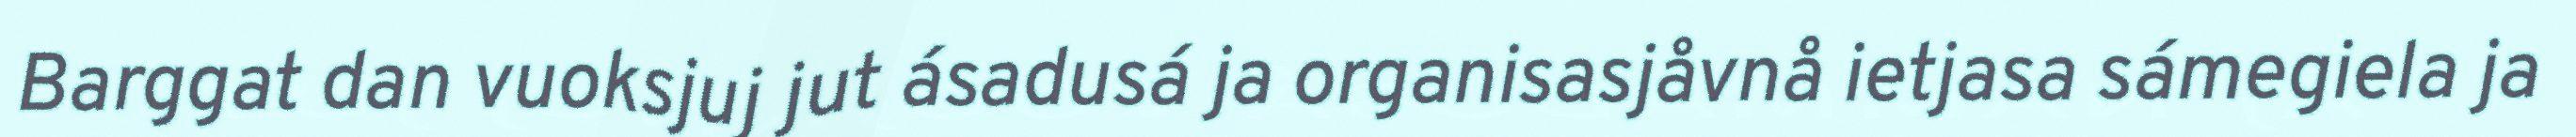
Barggat dan vuoksjuj jut ásadusá ja organisasjåvnå ietjasa sámegiela ja